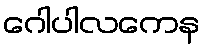
ဂေါပါလကေန